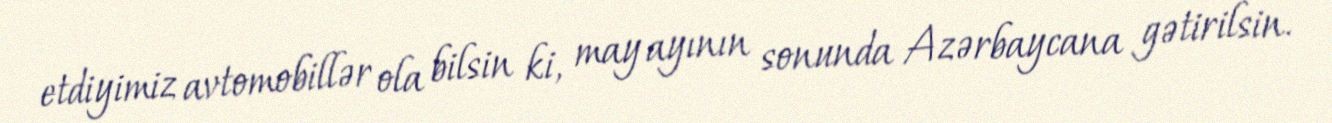
etdiyimiz avtomobillər ola bilsin ki, may ayının sonunda Azərbaycana gətirilsin.